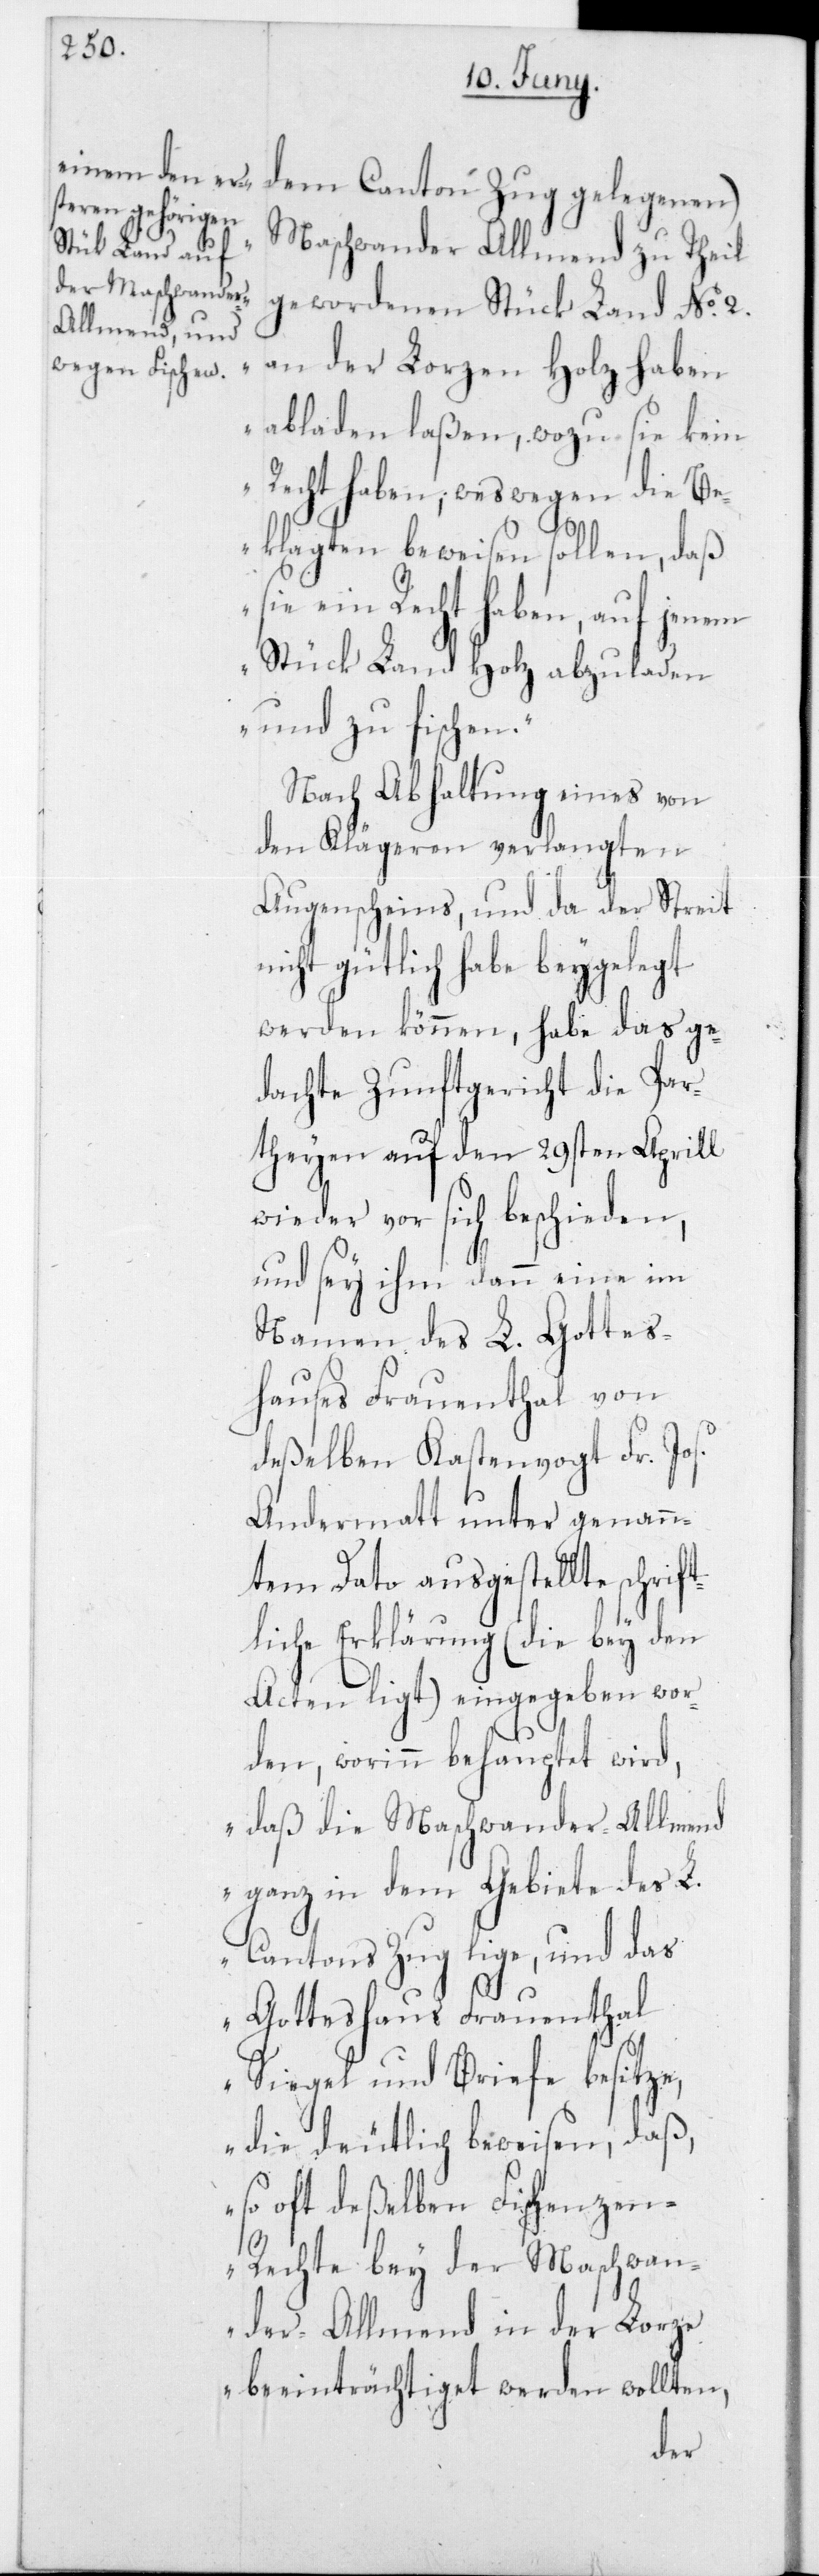
dem Canton Zug gelegenen)
Maschwander Allmend zu Theil
gewordenen Stück Land No 2
an der Lorzen Holz haben
abladen laßen, wozu sie kein
Recht haben, weßwegen die B¬
eklagten beweisen sollen, daß
ein Recht haben, auf jenem
Stück Land Holz abzuladen
und zu fischen“.
Nach Abhaltung eines von
den Klägeren verlangten
Augenscheins, und da der Streit
nicht gütlich habe beygelegt
werden können, habe das ge¬
dachte Zunftgericht die Par¬
thyen auf den 29sten Aprill
wieder vor sich beschieden,
und sey ihm dann eine im
Namen des L. Gottes¬
hauses Frauenthal von
deßelben Kastenvogt Fr. Jos.
Andermatt unter genann¬
tem Dato ausgestellte schrif¬
tliche Erklärung (die bey den
Acten liegt) eingegeben wor¬
den, worinn behauptet wird,
daß die Maschwander-Allmend
ganz in dem Gebiete des L.
Cantons Zug liege, und das
Gotteshaus Frauenthal
Siegel und Briefe besitze,
die deutlich beweisen, daß,
so oft deßelben Fischenze¬
n-Rechte bey der Maschwan¬
der-Allmend in der Lorze
beeinträchtiget werden wollten,